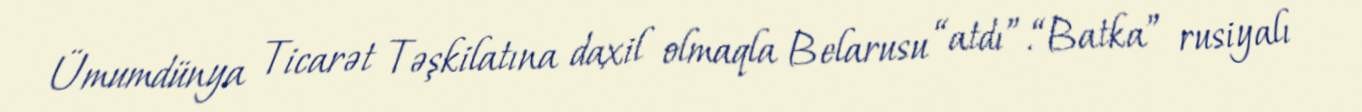
Ümumdünya Ticarət Təşkilatına daxil olmaqla Belarusu “atdı”.“Batka” rusiyalı